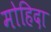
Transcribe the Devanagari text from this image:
मोहिदा